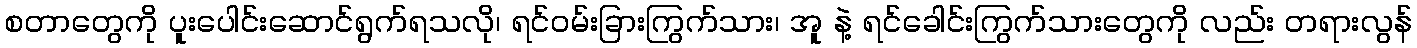
စတာတွေကို ပူးပေါင်းဆောင်ရွက်ရသလို၊ ရင်ဝမ်းခြားကြွက်သား၊ အူ နဲ့ ရင်ခေါင်းကြွက်သားတွေကို လည်း တရားလွန်